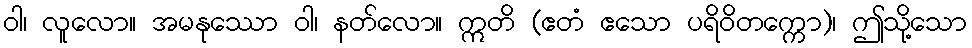
ဝါ၊ လူလော။ အမနုဿော ဝါ၊ နတ်လော။ ဣတိ (ဧတံ ဧသော ပရိဝိတက္ကော)၊ ဤသို့သော